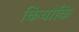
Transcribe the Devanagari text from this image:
कियोकि